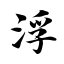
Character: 浮